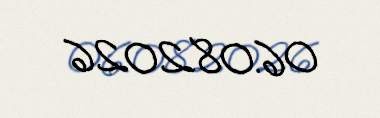
06.08.2026